Annual report of the Imperial Bacteriological Laboratory, Muktesar
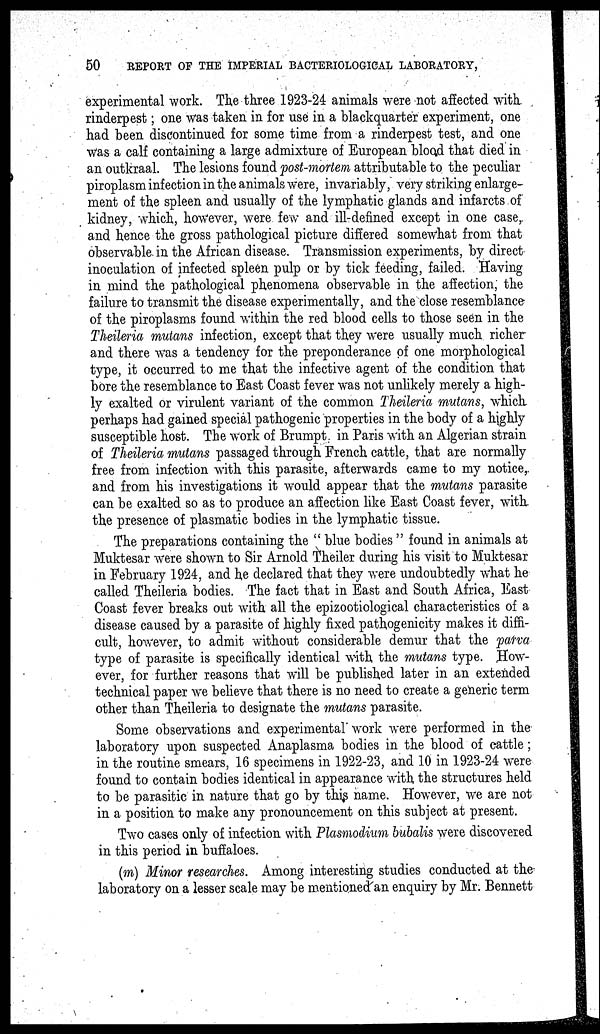
50
REPORT OF THE IMPERIAL BACTERIOLOGICAL LABORATORY,
experimental work. The three 1923-24 animals were not affected with
rinderpest; one was taken in for use in a blackquarter experiment, one
had been discontinued for some time from a rinderpest test, and one
was a calf containing a large admixture of European blood that died in
an outkraal. The lesions found post-mortem attributable to the peculiar
piroplasm infection in the animals were, invariably, very striking enlarge-
ment of the spleen and usually of the lymphatic glands and infarcts of
kidney, which, however, were few and ill-defined except in one case,
and hence the gross pathological picture differed somewhat from that
observable, in the African disease. Transmission experiments, by direct
inoculation of infected spleen pulp or by tick feeding, failed. Having
in mind the pathological phenomena observable in the affection, the
failure to transmit the disease experimentally, and the close resemblance-
of the piroplasms found within the red blood cells to those seen in the
Theileria mutans infection, except that they were usually much richer
and there was a tendency for the preponderance of one morphological
type, it occurred to me that the infective agent of the condition that
bore the resemblance to East Coast fever was not unlikely merely a high-
ly exalted or virulent variant of the common Theileria mutans, which.
perhaps had gained special pathogenic properties in the body of a highly
susceptible host. The work of Brumpt in Paris with an Algerian strain
of Theileria mutans passaged through French cattle, that are normally
free from infection with this parasite, afterwards came to my notice,
and from his investigations it would appear that the mutans parasite
can be exalted so as to produce an affection like East Coast fever, with,
the presence of plasmatic bodies in the lymphatic tissue.
The preparations containing the " blue bodies " found in animals at
Muktesar were shown to Sir Arnold Theiler during his visit to Muktesar
in February 1924, and he declared that they were undoubtedly what he
called Theileria bodies. The fact that in East and South Africa, East
Coast fever breaks out with all the epizootiological characteristics of a
disease caused by a parasite of highly fixed pathogenicity makes it diffi-
cult, however, to admit without considerable demur that the parva
type of parasite is specifically identical with the mutans type. How-
ever, for further reasons that will be published later in an extended
technical paper we believe that there is no need to create a generic term
other than Theileria to designate the mutans parasite.
Some observations and experimental work were performed in the
laboratory upon suspected Anaplasma bodies in the blood of cattle ;
in the routine smears, 16 specimens in 1922-23, and 10 in 1923-24 were
found to contain bodies identical in appearance with the structures held
to be parasitic in nature that go by this name. However, we are not
in a position to make any pronouncement on this subject at present.
Two cases only of infection with Plasmodium bubalis were discovered
in this period in buffaloes.
(m) Minor researches. Among interesting studies conducted at the-
laboratory on a lesser scale may be mentioned an enquiry by Mr. Bennett